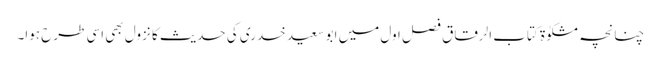
چنانچہ مشکوٰۃ کتاب الرقاق فصل اول میں ابو سعید خدری کی حدیث کا نزول بھی اسی طرح ہوا۔